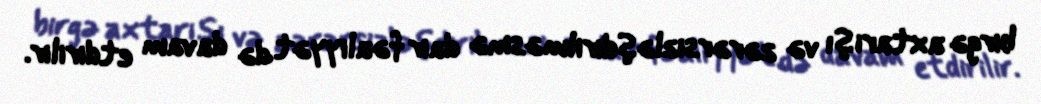
birgə axtarışı və zərərsizləşdirilməsinə dair fəaliyyət də davam etdirilir.